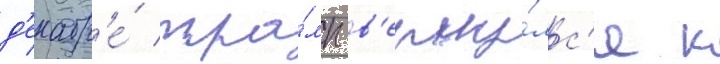
д'екабр'е́ тра́мп в'ерну́лс'я к